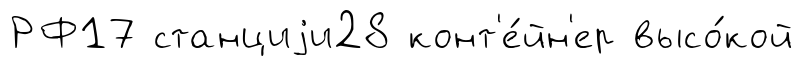
РФ17 станциjи28 конт'е́йн'ер высо́кой